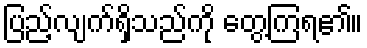
ပြည့်လျက်ရှိသည်ကို တွေ့ကြရ၏။